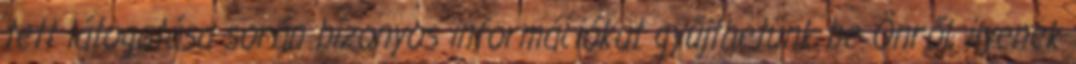
tett látogatása során bizonyos információkat gyűjthetünk be Önről, ilyenek